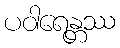
ပဝါရေန္တဿ